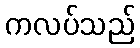
ကလပ်သည်